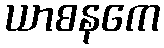
ယာစနကေ